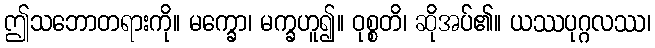
ဤသဘောတရားကို။ မက္ခော၊ မက္ခဟူ၍။ ဝုစ္စတိ၊ ဆိုအပ်၏။ ယဿပုဂ္ဂလဿ၊